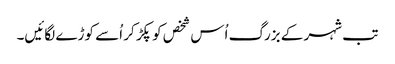
تب شہر کے بزرگ اُس شخص کو پکڑ کر اُسے کوڑے لگائیں۔